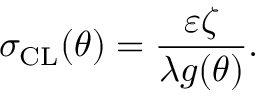
\sigma _ { \mathrm { C L } } ( \theta ) = \frac { \varepsilon \zeta } { \lambda g ( \theta ) } .